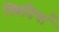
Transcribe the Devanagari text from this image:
स्थितिया॑